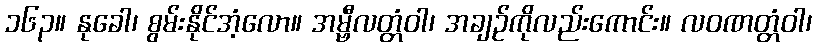
၁၆၃။ နုခေါ၊ စွမ်းနိုင်အံ့လော။ အမ္ဗီလတ္တံဝါ၊ အချဉ်ကိုလည်းကောင်း။ လဝဏတ္တံဝါ၊